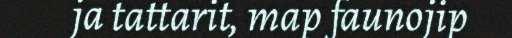
ja tattarit, map faunojip